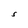
Character: S